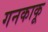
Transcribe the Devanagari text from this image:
गनकाकू